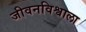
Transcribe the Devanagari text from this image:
जीवनविश्वाला